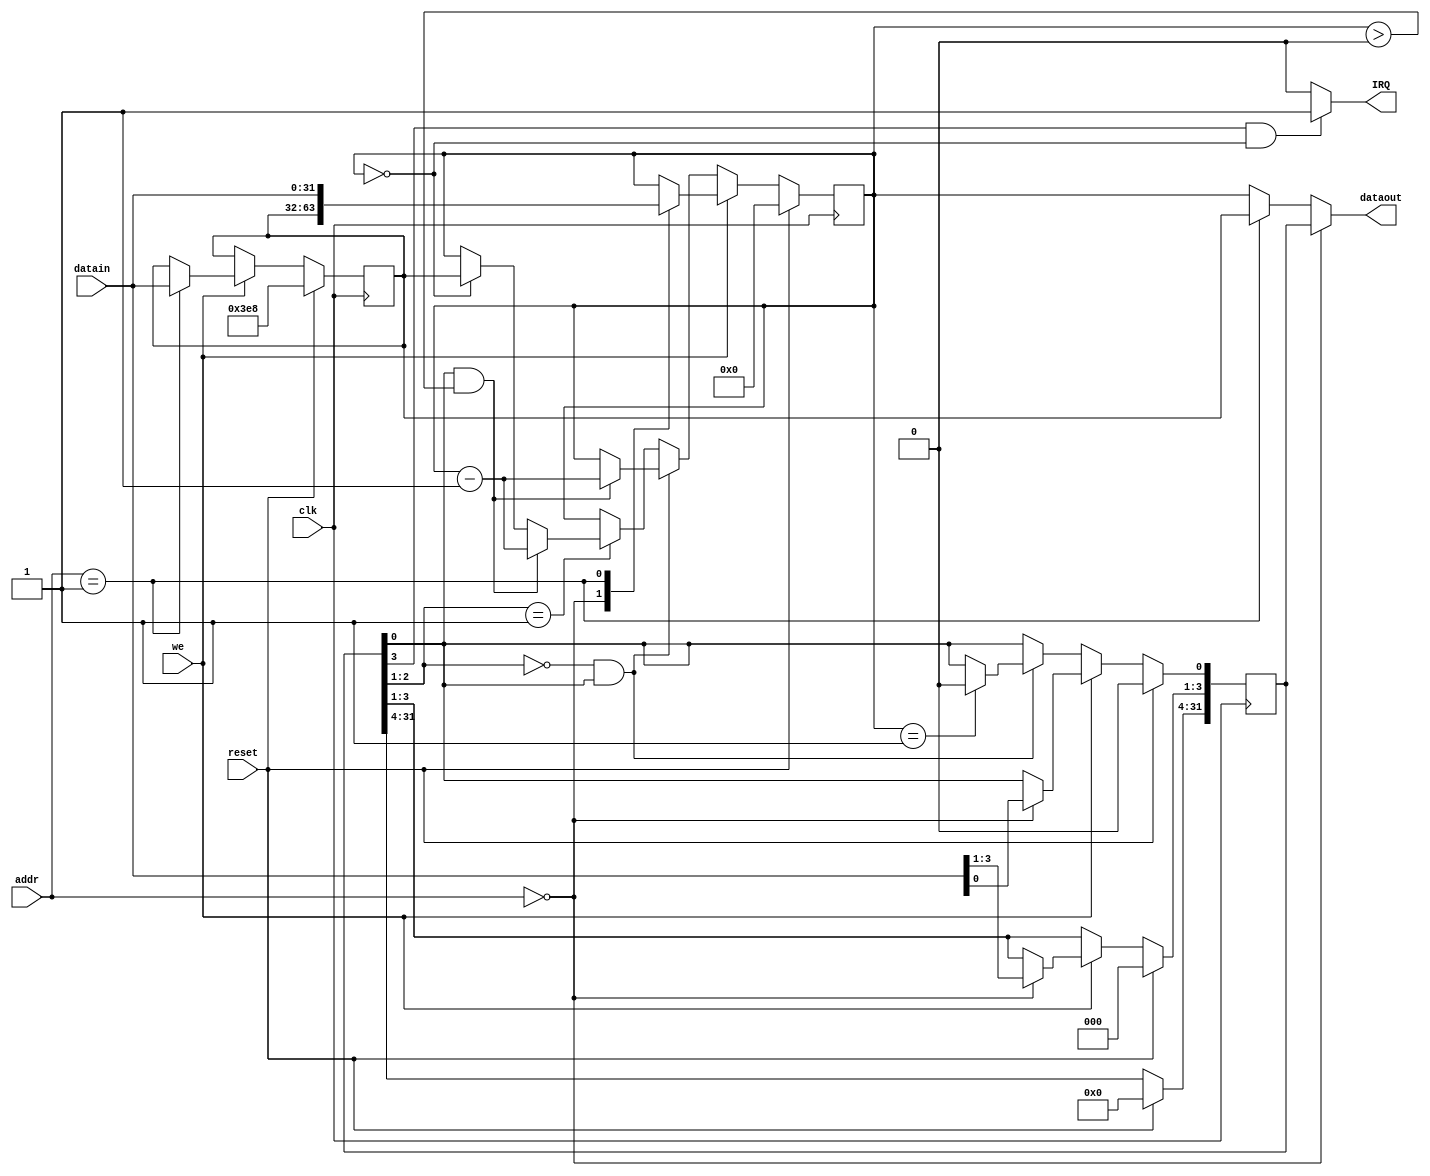
`timescale 1ns / 1ps
//////////////////////////////////////////////////////////////////////////////////
// Company: 
// Engineer: 
// 
// Design Name: 
// Module Name:    COCO 
// Project Name: 
// Target Devices: 
// Tool versions: 
// Description: 
//
// Dependencies: 
//
// Revision: 
// Revision 0.01 - File Created
// Additional Comments: 
//
//////////////////////////////////////////////////////////////////////////////////
module COCO(
    input clk,
	 input reset,
	 input [3:2] addr,
	 input we,
	 input  [31:0] datain,
	 output [31:0] dataout,
	 output IRQ
    );
    
	 reg [31:0] ctrl;// 0 1 21 000 011 3 1
	 reg [31:0] preset;
	 reg [31:0] count;
	 
	 	 
	 initial
        begin
          ctrl<=0;
          preset<=1000;///////*********************
          count<=0;
        end
	 always@(posedge clk)
		begin
			if(reset)
				begin
					ctrl<=0;
               preset<=1000;///////*********************
               count<=0;
				end
			else if(we)
			        begin
						  case(addr[3:2])
						  2'b00: begin 
						         ctrl[3:0] <= datain[3:0];
									count<= preset;
									end
						  2'b01: begin 
						         preset<= datain;
						         count<= datain;  
									end
							endcase
							//count<=preset;
					  end
			else begin
			
          if(ctrl[2:1]==2'b00 & ctrl[0])
			   begin			
				if(ctrl[0]&count>0)
				    begin
					    count <= count-1;
					 end
			   if(count == 32'h00000001)
					 begin
						 ctrl[0] <= 1'b0;
				    end
				end
		


		else if(ctrl[2:1] == 2'b01)
			      begin 
					   if(count >0 & ctrl[0])
						  begin
						    count<=count-1;  
						  end
						else if(count==0)
						    begin
							 count<=preset;
							 end
					end    
          end					
		end
	 
	 assign IRQ= (ctrl[3] & (count==32'h00000000) /*& (ctrl[2:1]==3'b00)*/)? 1'b1: 1'b0;
    
	 assign dataout= (addr[3:2]==2'b00)? ctrl :
	                 (addr[3:2]==2'b01)? preset: count;



endmodule